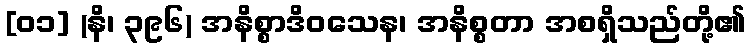
[၀၁] (နိ၊ ၃၉၆) အနိစ္စာဒိဝသေန၊ အနိစ္စတာ အစရှိသည်တို့၏